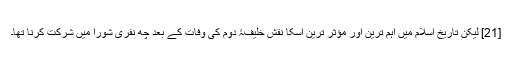
[21] لیکن تاریخ اسلام میں اہم ترین اور مؤثر ترین اسکا نقش خلیفۂ دوم کی وفات کے بعد چھ نفری شورا میں شرکت کرنا تھا۔